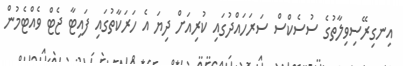
އިނގިރޭސިވިލާތުގެ ސުސެކްސް ސަރަހައްދުގައި ކުރިއަށް ދިޔަ އެ ހަރަކާތުގައި ފައިޓާ ޖެޓް ވެއްޓެމުން